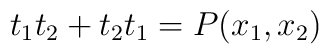
t_1 t_2 + t_2 t_1 = P(x_1, x_2)